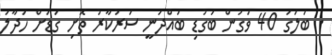
. ބަލަގަ 40 ވަގުން ބަގުޑި ބައްދަނީ ސަރުކާރު ތޮށި ގަޑަށް ހަދާލަ